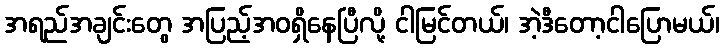
အရည်အချင်းတွေ အပြည့်အဝရှိနေပြီလို့ ငါမြင်တယ်၊ အဲ့ဒီတော့ငါပြောမယ်၊